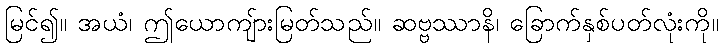
မြင်၍။ အယံ၊ ဤယောကျ်ားမြတ်သည်။ ဆဗ္ဗဿာနိ၊ ခြောက်နှစ်ပတ်လုံးကို။